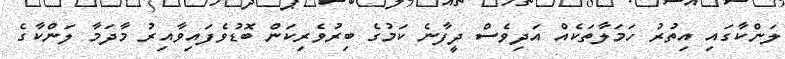
ލަންކާގައި އިތުރު ހަމަލާތަކެއް އަދިވެސް ދީފާނެ ކަމުގެ ބިރުވެރިކަން ބޮޑުވެފައިވާއިރު މާދަމާ ލަންކާގެ